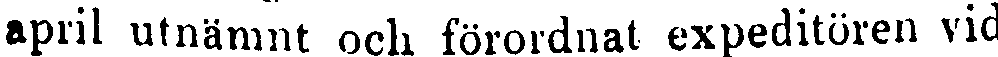
april utnämnt och förordnat expeditören vid